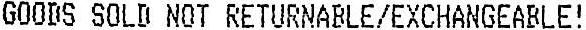
GOODS SOLD NOT RETURNABLE/EXCHANGEABLE!